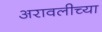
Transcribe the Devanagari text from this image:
अरावलीच्या